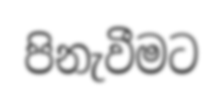
පිනැවීමට